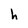
Character: h